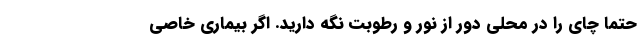
حتماً چای را در محلی دور از نور و رطوبت نگه دارید. اگر بیماری خاصی